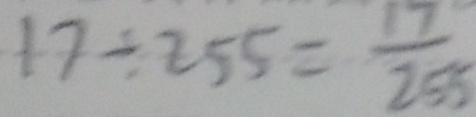
1 7 \div 2 5 5 = \frac { 1 7 } { 2 5 5 }